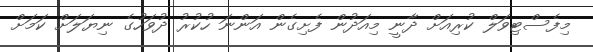
މިފެސްޓިވަލް ކުރިއަށް ދާނީ މިއަދުން ފެށިގެން އަންނަ ހުކުރު ދުވަހުގެ ނިޔަލަށް ކަމަށް